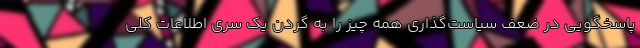
پاسخگویی در ضعف سیاست‌گذاری همه چیز را به گردن یک سری اطلاعات کلی